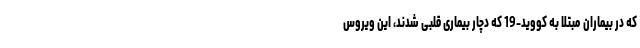
که در بیماران مبتلا به کووید-19 که دچار بیماری قلبی شدند، این ویروس